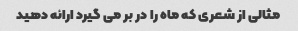
مثالی از شعری که ماه را در بر می گیرد ارائه دهید